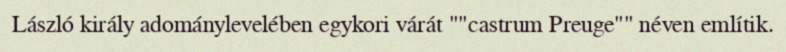
László király adománylevelében egykori várát ""castrum Preuge"" néven említik.